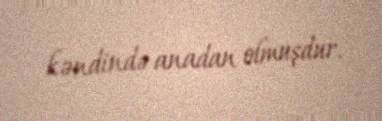
kəndində anadan olmuşdur.